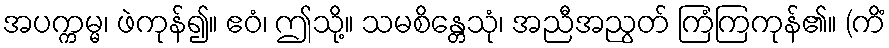
အပက္ကမ္မ၊ ဖဲကုန်၍။ ဧဝံ၊ ဤသို့။ သမစိန္တေသုံ၊ အညီအညွတ် ကြံကြကုန်၏။ (ကိံ